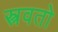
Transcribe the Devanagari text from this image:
स्त्रवतो